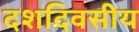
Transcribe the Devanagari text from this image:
दशदिवसीय